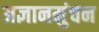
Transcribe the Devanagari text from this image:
अज्ञानमुंचन